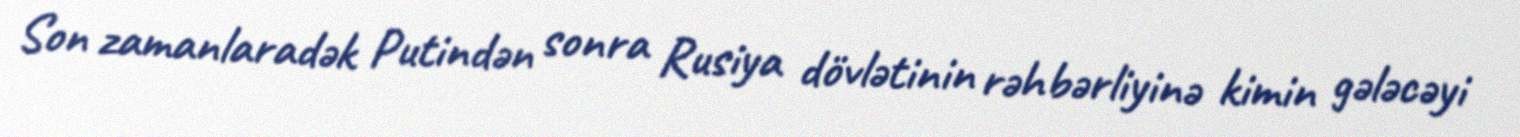
Son zamanlaradək Putindən sonra Rusiya dövlətinin rəhbərliyinə kimin gələcəyi